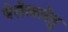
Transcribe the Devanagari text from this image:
वेरोलसेतु